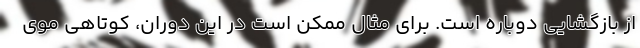
از بازگشایی دوباره است. برای مثال ممکن است در این دوران، کوتاهی موی